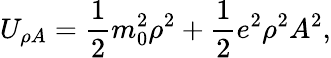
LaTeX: U_{\rho A}={\frac{1}{2}}m_{0}^{2}\rho^{2}+{\frac{1}{2}}e^{2}\rho^{2}A^{2},